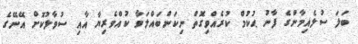
ބަލަ ސުލެއިމާންގެ ފާނު ޙުކުމް ކުރެއްވިގޮތް ނިކަންބައްލަވާ ކުއްވެރިޔާ އާއި ސުވާލުކޮށް އޭނޭގެ